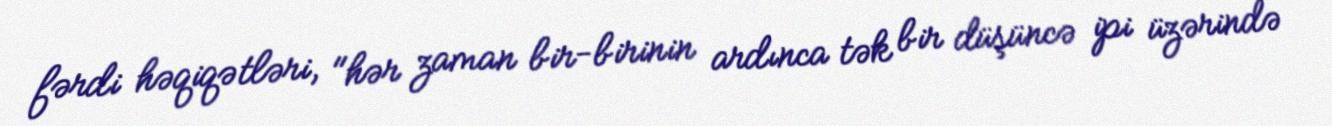
fərdi həqiqətləri, "hər zaman bir-birinin ardınca tək bir düşüncə ipi üzərində